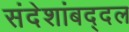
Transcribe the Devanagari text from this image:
संदेशांबद्दल